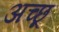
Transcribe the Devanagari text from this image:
अच्छू